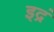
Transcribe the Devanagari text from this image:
इद्रं